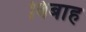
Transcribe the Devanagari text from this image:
विबाह